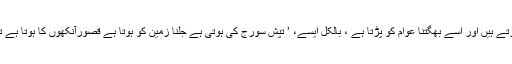
بجٹ تیار حکمران کرتے ہیں اور اسے بھگتنا عوام کو پڑتا ہے ، بالکل ایسے، ’ تپش سورج کی ہوتی ہے جلنا زمین کو ہوتا ہے قصورآنکھوں کا ہوتا ہے تڑپنا دل کو پڑتا ہے‘۔